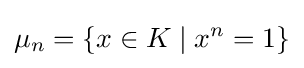
\mu _{n}=\{x\in K\mid x^{n}=1\}